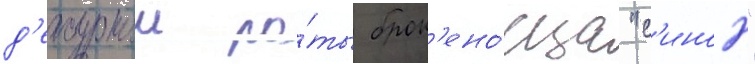
д'ежурнои ро́ты брон'ено́сца "с'иноп"